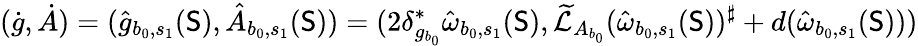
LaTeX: (\dot{g},\dot{A})=(\hat{g}_{b_{0},s_{1}}(\mathsf{S}),\hat{A}_{b_{0},s_{1}}(\mathsf{S}))=(2\delta_{g_{b_{0}}}^{*}\hat{\omega}_{b_{0},s_{1}}(\mathsf{S}),\widetilde{\mathcal{L}}_{A_{b_{0}}}(\hat{\omega}_{b_{0},s_{1}}(\mathsf{S}))^{\sharp}+d(\hat{\omega}_{b_{0},s_{1}}(\mathsf{S})))